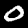
Label: 0